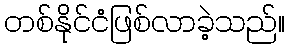
တစ်နိုင်ငံဖြစ်လာခဲ့သည်။